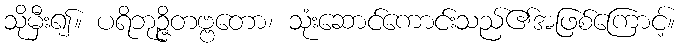
သိုမှီး၍။ ပရိဘုဉ္ဇိတဗ္ဗတော၊ သုံးဆောင်ကောင်းသည်၏အဖြစ်ကြောင့်။